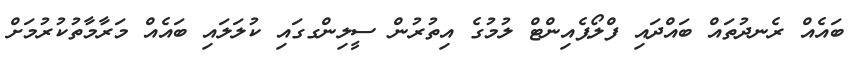
ބައެއް ރެނދުތައް ބައްދައި ފްލޯޕެއިންޓް ލުމުގެ އިތުރުން ސީލިންގގައި ކުލަލައި ބައެއް މަރާމާތުކުރުމަށް